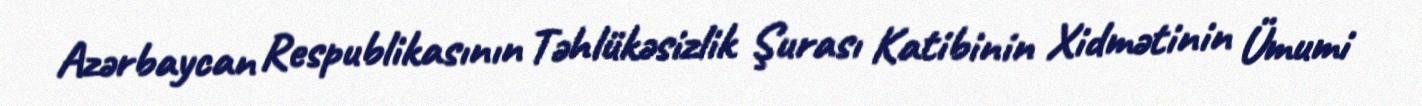
Azərbaycan Respublikasının Təhlükəsizlik Şurası Katibinin Xidmətinin Ümumi